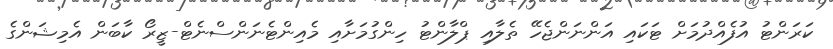
ކަރަންޓު އުފެއްދުމަށް ޓަކައި އަންނަންޖެހޭ ތެލާއި ޕްލާންޓު ހިންގުމަށާއި މެއިންޓެނަންސްނެޓް-ޒީރޯ ކާބަން އެމިޝަންގެ